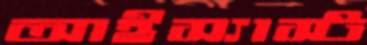
আইস্যাস্ট